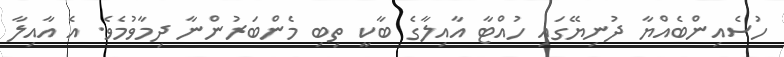
ހުސެއިންބެއްޔާ ދުނިޔޭގައި ހުއްޓާ އާއިލާގެ ބާކީ ތިބި މެންބަރުންނާ ދިމާވުމެވެ. އެ އާއިލާ